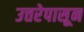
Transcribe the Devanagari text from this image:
उत्तरेपासून